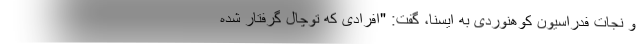
و نجات فدراسیون کوهنوردی به ایسنا، گفت: "افرادی که توچال گرفتار شده